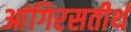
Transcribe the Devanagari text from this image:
आंगिरसतीर्थ